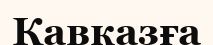
Кавказға